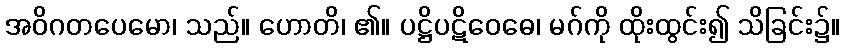
အဝိဂတပေမော၊ သည်။ ဟောတိ၊ ၏။ ပဋ္ဌိပဋိဝေဓေ၊ မဂ်ကို ထိုးထွင်း၍ သိခြင်း၌။